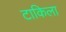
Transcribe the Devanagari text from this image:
टाकिला